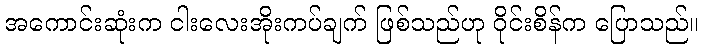
အကောင်းဆုံးက ငါးလေးအိုးကပ်ချက် ဖြစ်သည်ဟု ဝိုင်းစိန်က ပြောသည်။